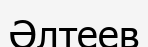
Әлтеев